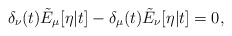
\begin{align*}\delta_\nu(t) \tilde{E}_\mu[\eta|t] - \delta_\mu(t) \tilde{E}_\nu[\eta|t] = 0,\end{align*}